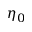
\eta _ { 0 }